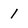
Character: 1